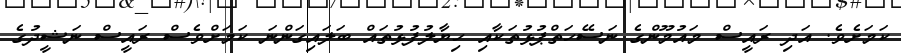
ކަމަށެވެ. އަދި ރައީސް މައުމޫންގެ ނަސޭހަތްޕުޅުތަކާއި ހިޔާލުފުޅުތައް ބަލައިގަންނަ ކަމަށްވެސް ރައީސް ނަޝީދުގެ